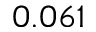
0 . 0 6 1